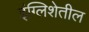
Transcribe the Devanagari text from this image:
इंग्लिशेतील